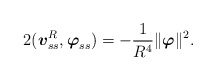
\begin{align*}2(\mbox{\mathversion{bold}$v$}^{R}_{ss},\mbox{\mathversion{bold}$\varphi$}_{ss})=-\frac{1}{R^{4}}\|\mbox{\mathversion{bold}$\varphi$}\|^{2}.\end{align*}